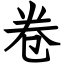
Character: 卷